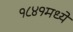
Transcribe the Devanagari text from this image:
१८४१मध्ये